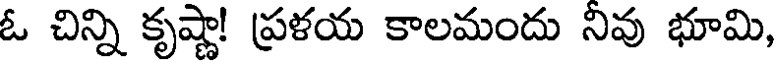
ఓ చిన్ని కృష్ణా! ప్రళయ కాలమందు నివు భూమి,